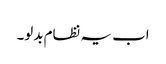
اب یہ نظام بدلو۔